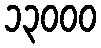
၁၃၀၀၀